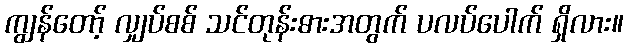
ကျွန်တော့် လျှပ်စစ် သင်တုန်းဓားအတွက် ပလပ်ပေါက် ရှိလား။